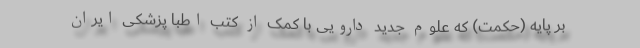
بر پایه (حکمت) که علوم جدید دارویی با کمک از کتب اطبا پزشکی ایران